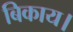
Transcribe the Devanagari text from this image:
बिकाय।